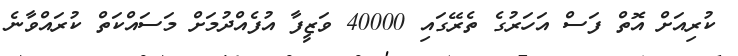
ކުރިއަށް އޮތް ފަސް އަހަރުގެ ތެރޭގައި 40000 ވަޒީފާ އުފެއްދުމަށް މަސައްކަތް ކުރައްވާނެ